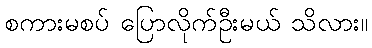
စကားမစပ် ပြောလိုက်ဦးမယ် သိလား။